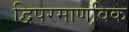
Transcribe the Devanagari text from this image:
द्विपरमाणविक